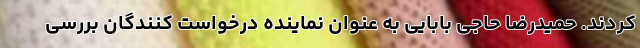
کردند. حمیدرضا حاجی بابایی به عنوان نماینده درخواست کنندگان بررسی